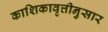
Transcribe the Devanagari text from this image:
काशिकावृत्तीनुसार